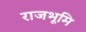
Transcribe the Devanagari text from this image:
राजभूमि